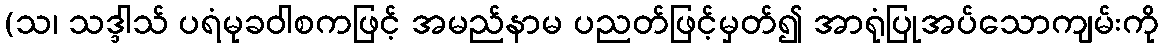
(သ၊ သဒ္ဒါသ် ပရံမုခဝါစကဖြင့် အမည်နာမ ပညတ်ဖြင့်မှတ်၍ အာရုံပြုအပ်သောကျမ်းကို